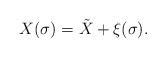
LaTeX: \begin{align*}X(\sigma) =\tilde{X} + \xi (\sigma).\end{align*}